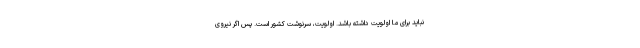
نباید برای ما اولویت داشته باشد. اولویت، سرنوشت کشور است. پس اگر نیروی